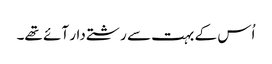
اُس کے بہت سے رشتے دار آئے تھے۔